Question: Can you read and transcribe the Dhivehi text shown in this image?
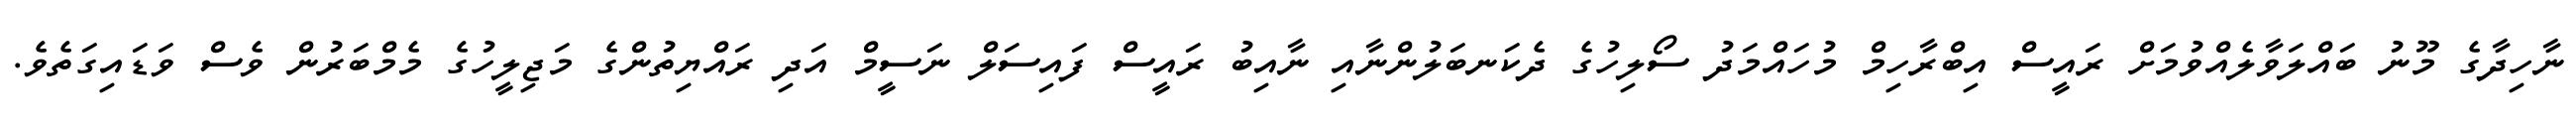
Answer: ނާހިދާގެ މޫނު ބައްލަވާލެއްވުމަށް ރައީސް އިބްރާހިމް މުހައްމަދު ސޯލިހުގެ ދެކަނބަލުންނާއި ނާއިބު ރައީސް ފައިސަލް ނަސީމް އަދި ރައްޔިތުންގެ މަޖިލީހުގެ މެމްބަރުން ވެސް ވަޑައިގަތެވެ.